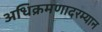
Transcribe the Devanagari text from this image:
अधिक्रमणादरम्यान